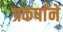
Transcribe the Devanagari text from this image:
प्रकर्षांने